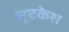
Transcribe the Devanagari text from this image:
सूटकेश